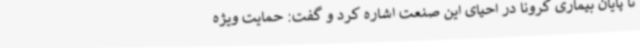
تا پایان بیماری کرونا در احیای این صنعت اشاره کرد و گفت: حمایت ویژه